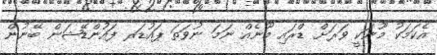
އެކަމަކު މޫނަކީ ވަރަށް ޑްރައި މޫނެއް ނަމަ ނުވަތަ ޕައުޑަރ ފައުންޑޭޝަން ބޭނުން